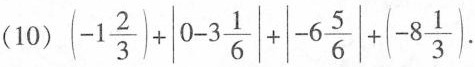
(10） $$( -1 \frac { 2 } { 3 } ) + | 0- 3\frac { 1 } { 6 } | + | -6 \frac{ 5 } { 6 } | + ( -8 \frac { 1 } { 3 } )$$ .